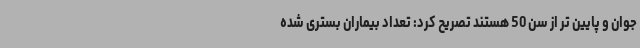
جوان و پایین تر از سن 50 هستند تصریح کرد: تعداد بیماران بستری شده